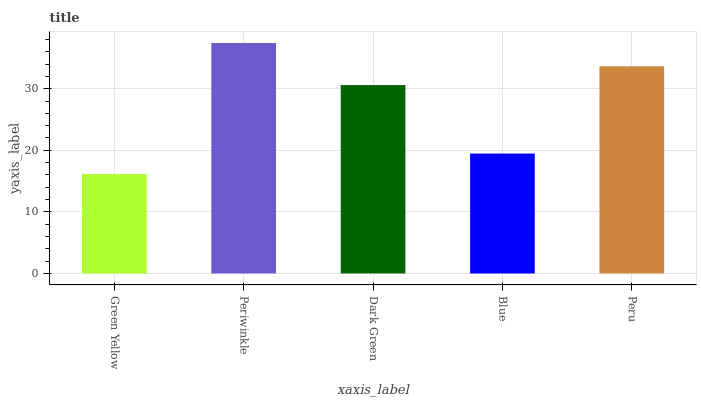
| xaxis_label | bars |
 | --- | --- |
 | Green Yellow | 16.1 |
 | Periwinkle | 37.4 |
 | Dark Green | 30.6 |
 | Blue | 19.5 |
 | Peru | 33.6 |